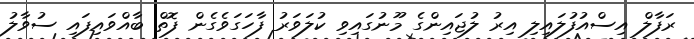
ރަފާލް އިސްއުފުލައިލި އިރު ލުޖައިންގެ މޫނުގައިވި ކުލަވަރު ފާހަގަވެގެން ފޮތް ބާއްވައިފައި ސުވާލު